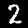
Label: 2